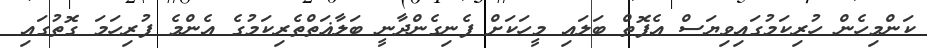
ކަންމިހެން ހުރިކަމުގައިވިޔަސް އެފޮތް ބަލައި މީހަކަށް ފެނިގެންދާނީ ބަލާޣަތްތެރިކަމުގެ އެންމެ ފުރިހަމަ ގޮތުގައި